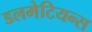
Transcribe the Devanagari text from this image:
डलमेटियन्स